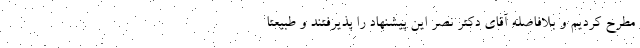
مطرح کردیم و بلافاصله آقای دکتر نصر این پیشنهاد را پذیرفتند و طبیعتا